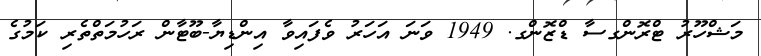
މަޝްހޫރު ޓްރޮންގސާ ޑްޒޮންގ. 1949 ވަނަ އަހަރު ވެފައިވާ އިންޑިޔާ-ބޫޓާން ރަހުމަތްތެރި ކަމުގެ